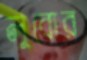
লুবোর